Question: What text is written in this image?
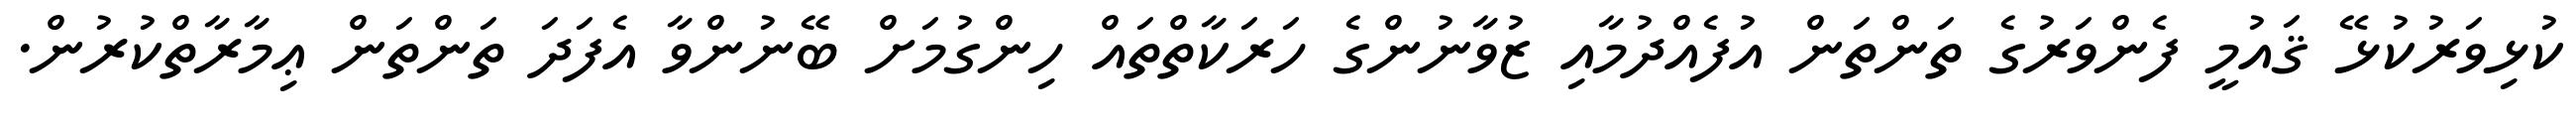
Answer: ކުޅިވަރުކުޅޭ ޤައުމީ ފެންވަރުގެ ތަންތަން އުފެއްދުމާއި ޒުވާނުންގެ ހަރަކާތްތައް ހިންގުމަށް ބޭނުންވާ އެފަދަ ތަންތަން ޢިމާރާތްކުރުން.